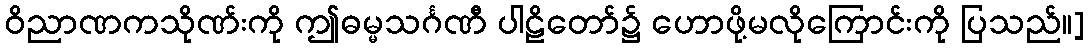
ဝိညာဏကသိုဏ်းကို ဤဓမ္မသင်္ဂဏီ ပါဠိတော်၌ ဟောဖို့မလိုကြောင်းကို ပြသည်။]